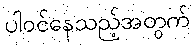
ပါဝင်နေသည့်အတွက်